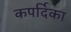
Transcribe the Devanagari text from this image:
कपर्दिका